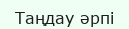
Таңдау әрпі